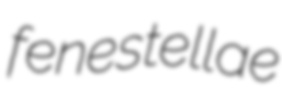
fenestellae